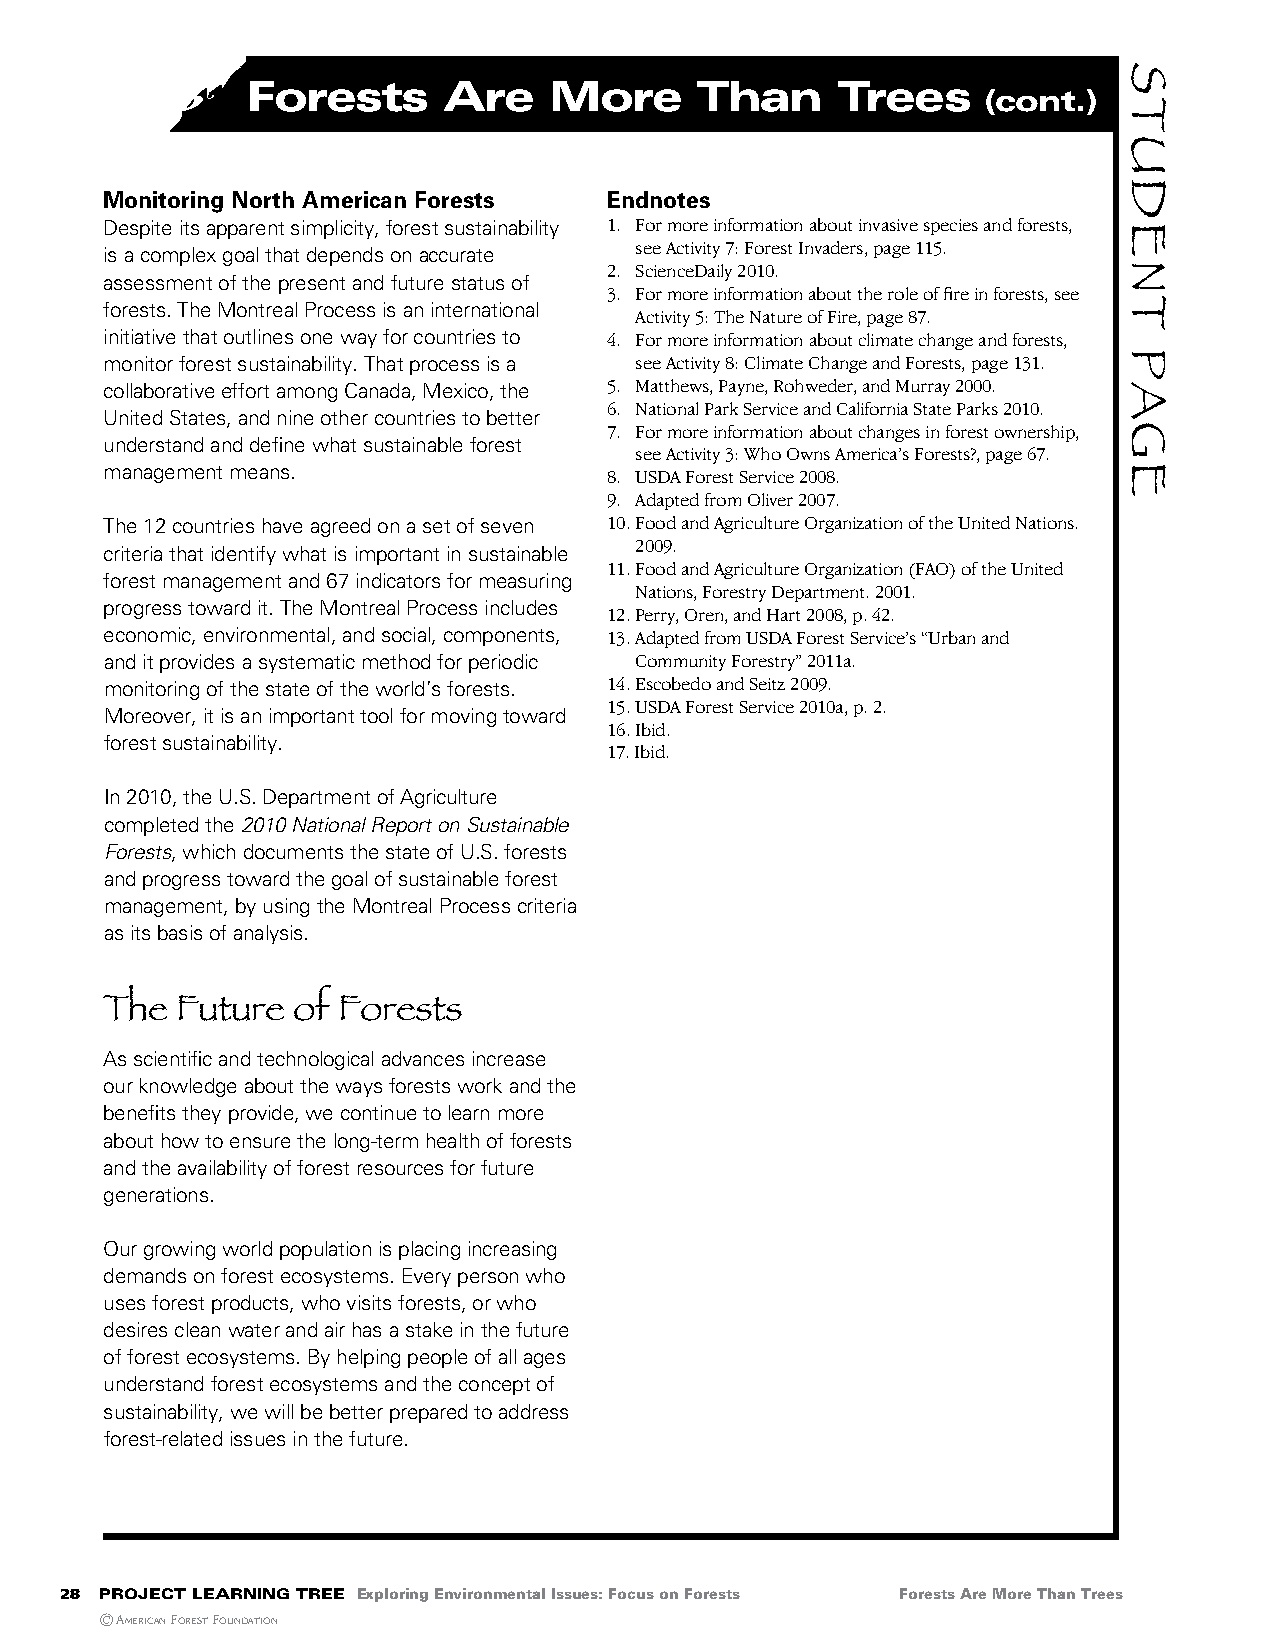
Forests      are     More     than      trees
 (cont.)
 Monitoring North American Forests Endnotes
 Despite its apparent simplicity, forest sustainability 1. For more information about invasive species and forests,
 is a complex goal that depends on accurate see Activity 7: Forest Invaders, page 115.
 2. ScienceDaily 2010.
 assessment of the present and future status of
 3. For more information about the role of fire in forests, see
 forests. The Montreal Process is an international
 Activity 5: The Nature of Fire, page 87.
 initiative that outlines one way for countries to 4. For more information about climate change and forests,
 monitor forest sustainability. That process is a see Activity 8: Climate Change and Forests, page 131.
 collaborative effort among Canada, Mexico, the 5. Matthews, Payne, Rohweder, and Murray 2000.
 6. National Park Service and California State Parks 2010.
 United States, and nine other countries to better
 7. For more information about changes in forest ownership,
 understand and define what sustainable forest
 see Activity 3: Who Owns America’s Forests?, page 67.
 management means.
 8. USDA Forest Service 2008.
 9. Adapted from Oliver 2007.
 The 12 countries have agreed on a set of seven 10. Food and Agriculture Organization of the United Nations.
 criteria that identify what is important in sustainable 2009.
 11. Food and Agriculture Organization (FAO) of the United
 forest management and 67 indicators for measuring
 Nations, Forestry Department. 2001.
 progress toward it. The Montreal Process includes
 12. Perry, Oren, and Hart 2008, p. 42.
 economic, environmental, and social, components, 13. Adapted from USDA Forest Service’s “Urban and
 and it provides a systematic method for periodic Community Forestry” 2011a.
 monitoring of the state of the world’s forests. 14. Escobedo and Seitz 2009.
 15. USDA Forest Service 2010a, p. 2.
 Moreover, it is an important tool for moving toward
 16. Ibid.
 forest sustainability.
 17. Ibid.
 In 2010, the U.S. Department of Agriculture
 completed the 2010 National Report on Sustainable
 Forests, which documents the state of U.S. forests
 and progress toward the goal of sustainable forest
 management, by using the Montreal Process criteria
 as its basis of analysis.
 The  Future of Forests
 As scientific and technological advances increase
 our knowledge about the ways forests work and the
 benefits they provide, we continue to learn more
 about how to ensure the long-term health of forests
 and the availability of forest resources for future
 generations.
 Our growing world population is placing increasing
 demands on forest ecosystems. Every person who
 uses forest products, who visits forests, or who
 desires clean water and air has a stake in the future
 of forest ecosystems. By helping people of all ages
 understand forest ecosystems and the concept of
 sustainability, we will be better prepared to address
 forest-related issues in the future.
 28 project learning tree Exploring Environmental Issues: Focus on Forests Forests Are More Than Trees
 © AmericAn Forest FoundAtion
 STUDenT
 PAge